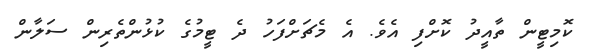
ކޮމިޓީން ތާއީދު ކޮށްފި އެވެ. އެ މެޗަށްފަހު ދެ ޓީމުގެ ކުޅުންތެރިން ސަލާން